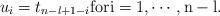
LaTeX: \begin{align*}u_i=t_{n-l+1-i}\rm{ for }i=1,\cdots,n-l.\end{align*}